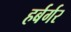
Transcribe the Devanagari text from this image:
हर्बर्गर